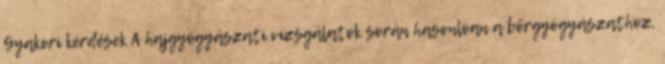
Gyakori kérdések A hajgyógyászati vizsgálatok során hasonlóan a bőrgyógyászathoz,